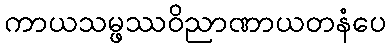
ကာယသမ္ဖဿဝိညာဏာယတနံပေ